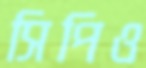
সিপিও